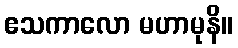
ဧသကာလော မဟာမုနိ။